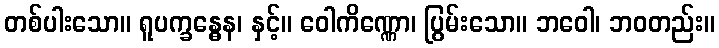
တစ်ပါးသော။ ရူပက္ခန္ဓေန၊ နှင့်။ ဝေါကိဏ္ဏော၊ ပြွမ်းသော။ ဘဝေါ၊ ဘဝတည်း။